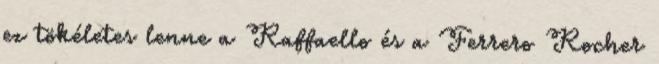
ez tökéletes lenne a Raffaello és a Ferrero Rocher